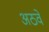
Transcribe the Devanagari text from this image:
अठवे